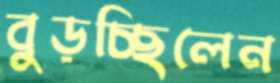
বুড়চ্ছিলেন